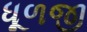
ધૂળજી